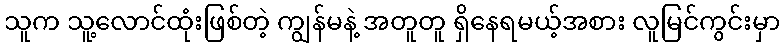
သူက သူ့လောင်ထုံးဖြစ်တဲ့ ကျွန်မနဲ့ အတူတူ ရှိနေရမယ့်အစား လူမြင်ကွင်းမှာ